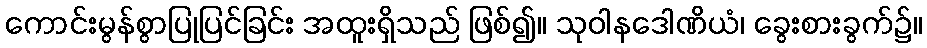
ကောင်းမွန်စွာပြုပြင်ခြင်း အထူးရှိသည် ဖြစ်၍။ သုဝါနဒေါဏိယံ၊ ခွေးစားခွက်၌။